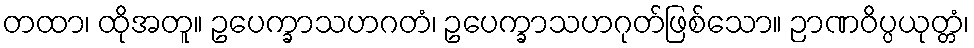
တထာ၊ ထိုအတူ။ ဥပေက္ခာသဟဂတံ၊ ဥပေက္ခာသဟဂုတ်ဖြစ်သော။ ဉာဏဝိပ္ပယုတ္တံ၊